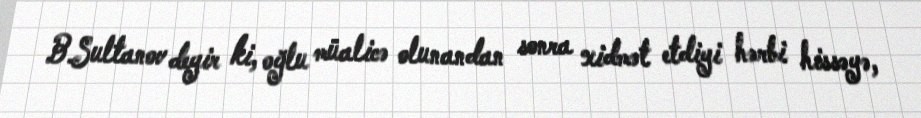
B.Sultanov deyir ki, oğlu müalicə olunandan sonra xidmət etdiyi hərbi hissəyə,